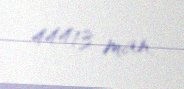
44413 man.